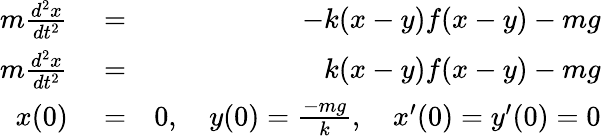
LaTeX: \begin{array}{rlr}{m\frac{d^{2}x}{dt^{2}}}&{{}=}&{-k(x-y)f(x-y)-mg}\\ {m\frac{d^{2}x}{dt^{2}}}&{{}=}&{k(x-y)f(x-y)-mg}\\ {x(0)}&{{}=}&{0,\quad y(0)=\frac{-mg}{k},\quad x^{\prime}(0)=y^{\prime}(0)=0}\end{array}